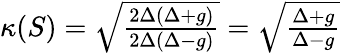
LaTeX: \begin{array}{r}{\kappa(S)=\sqrt{\frac{2\Delta(\Delta+g)}{2\Delta(\Delta-g)}}=\sqrt{\frac{\Delta+g}{\Delta-g}}}\end{array}